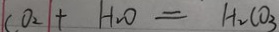
C O _ { 2 } + H _ { 2 } O = H _ { 2 } C O _ { 3 }